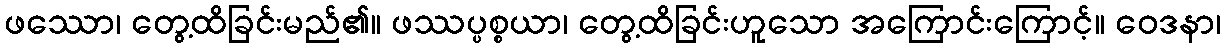
ဖဿော၊ တွေ့ထိခြင်းမည်၏။ ဖဿပ္ပစ္စယာ၊ တွေ့ထိခြင်းဟူသော အကြောင်းကြောင့်။ ဝေဒနာ၊